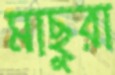
মাছুরা